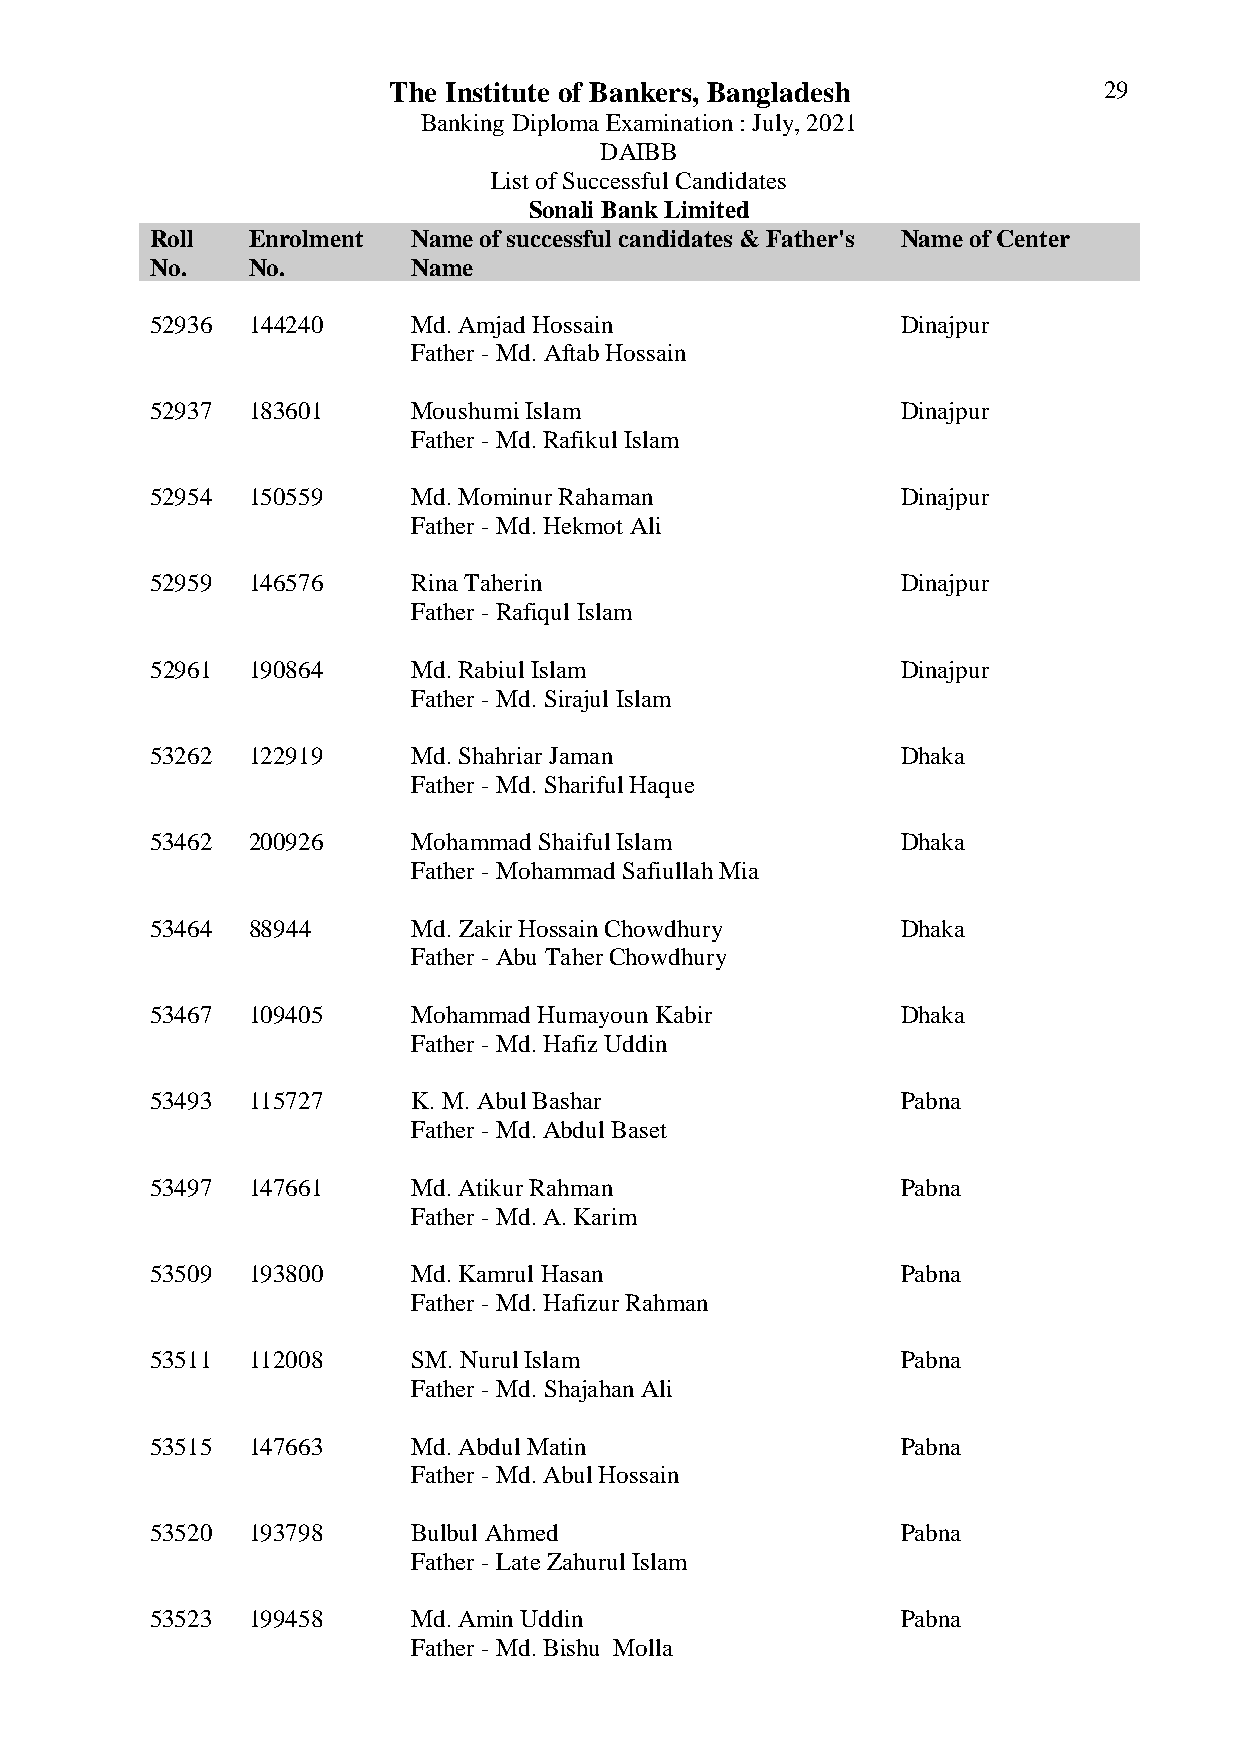
The Institute of Bankers, Bangladesh           29
 Banking Diploma Examination : July, 2021
 DAIBB
 List of Successful Candidates
 Sonali Bank Limited
 Roll  Enrolment  Name of successful candidates & Father's Name of Center
 No.   No.        Name
 52936 144240     Md. Amjad Hossain                Dinajpur
 Father - Md. Aftab Hossain
 52937 183601     Moushumi Islam                   Dinajpur
 Father - Md. Rafikul Islam
 52954 150559     Md. Mominur Rahaman              Dinajpur
 Father - Md. Hekmot Ali
 52959 146576     Rina Taherin                     Dinajpur
 Father - Rafiqul Islam
 52961 190864     Md. Rabiul Islam                 Dinajpur
 Father - Md. Sirajul Islam
 53262 122919     Md. Shahriar Jaman               Dhaka
 Father - Md. Shariful Haque
 53462 200926     Mohammad Shaiful Islam           Dhaka
 Father - Mohammad Safiullah Mia
 53464 88944      Md. Zakir Hossain Chowdhury      Dhaka
 Father - Abu Taher Chowdhury
 53467 109405     Mohammad Humayoun Kabir          Dhaka
 Father - Md. Hafiz Uddin
 53493 115727     K. M. Abul Bashar                Pabna
 Father - Md. Abdul Baset
 53497 147661     Md. Atikur Rahman                Pabna
 Father - Md. A. Karim
 53509 193800     Md. Kamrul Hasan                 Pabna
 Father - Md. Hafizur Rahman
 53511 112008     SM. Nurul Islam                  Pabna
 Father - Md. Shajahan Ali
 53515 147663     Md. Abdul Matin                  Pabna
 Father - Md. Abul Hossain
 53520 193798     Bulbul Ahmed                     Pabna
 Father - Late Zahurul Islam
 53523 199458     Md. Amin Uddin                   Pabna
 Father - Md. Bishu Molla